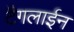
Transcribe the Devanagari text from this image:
टैगलाईन